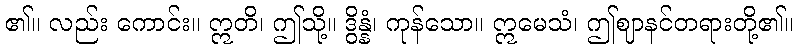
၏။ လည်း ကောင်း။ ဣတိ၊ ဤသို့။ ဒွိန္နံ၊ ကုန်သော။ ဣမေသံ၊ ဤဈာနင်တရားတို့၏။